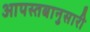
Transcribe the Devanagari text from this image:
आपस्तबानुसारी